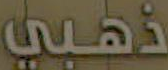
ذهبي